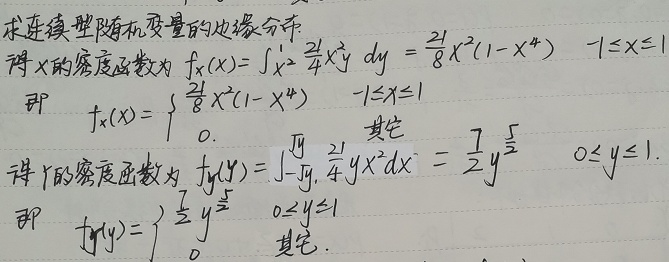
求连续型随机变量的边缘分布。
得\(X\)的密度函数为：
\[
f_{X}(x)=\int_{x^{2}}^{1}\frac{21}{4}x^{2}y\mathrm{d}y=\frac{21}{8}x^{2}(1 - x^{4})， - 1\leq x\leq1
\]
即
\[
f_{X}(x)=\begin{cases}
\frac{21}{8}x^{2}(1 - x^{4}) & - 1\leq x\leq1\\
0 & \text{其它}
\end{cases}
\]
得\(Y\)的密度函数为：
\[
f_{Y}(y)=\int_{-\sqrt{y}}^{\sqrt{y}}\frac{21}{4}yx^{2}\mathrm{d}x=\frac{7}{2}y^{\frac{5}{2}}，0\leq y\leq1
\]
即
\[
f_{Y}(y)=\begin{cases}
\frac{7}{2}y^{\frac{5}{2}} & 0\leq y\leq1\\
0 & \text{其它}
\end{cases}
\]